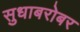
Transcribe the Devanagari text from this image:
सुधाबरोबर